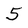
Character: 5